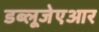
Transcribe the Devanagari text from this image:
डब्लूजेएआर